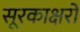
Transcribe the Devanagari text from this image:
सूरकाक्षरों